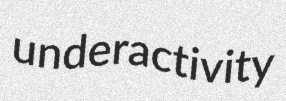
underactivity